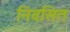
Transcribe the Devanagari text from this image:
निवसित